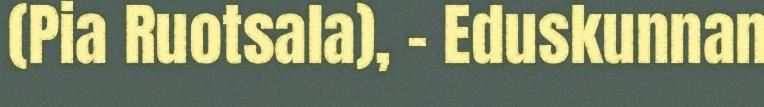
(Pia Ruotsala), - Eduskunnan